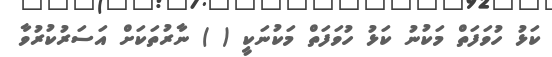
ކަޅު ހުވަފަތް މަކުނު ކަޅު ހުވަފަތް މަކުނަކީ ( ) ނާރުތަކަށް އަސަރުކުރުވާ